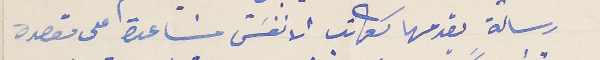
رسالة يقدمها ككاتب الانفسَ مسَاعدة على مقصدة